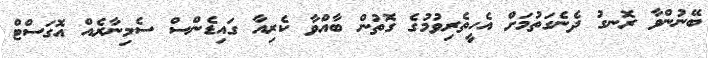
ބޭނުންވާ ރޮނގު ދެނެގަތުމަށް އެހީތެރިވުމުގެ ގޮތުން ބާއްވާ ކެރިއާ ގައިޑެންސް ސެމިނާރެއް އޮގަސްޓް